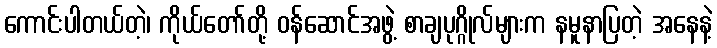
ကောင်းပါတယ်တဲ့၊ ကိုယ်တော်တို့ ဝန်ဆောင်အဖွဲ့ စာချပုဂ္ဂိုလ်များက နမူနာပြတဲ့ အနေနဲ့